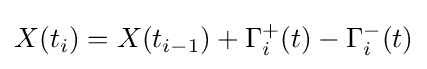
X(t_{i})=X(t_{i-1})+\Gamma _{i}^{+}(t)-\Gamma _{i}^{-}(t)